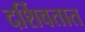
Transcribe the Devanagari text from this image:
दर्शिवतात